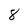
Character: 8